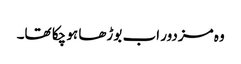
وہ مزدور اب بوڑھا ہو چکا تھا۔